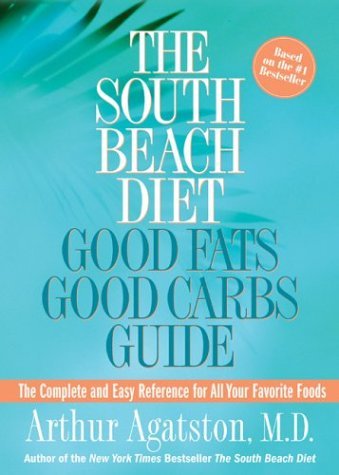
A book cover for The South Beach Diet Good Fats/Good Carbs Guide: The Complete and Easy Reference for All Your Favorite Foods; Arthur Agatston (Author); Health, Fitness & Dieting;